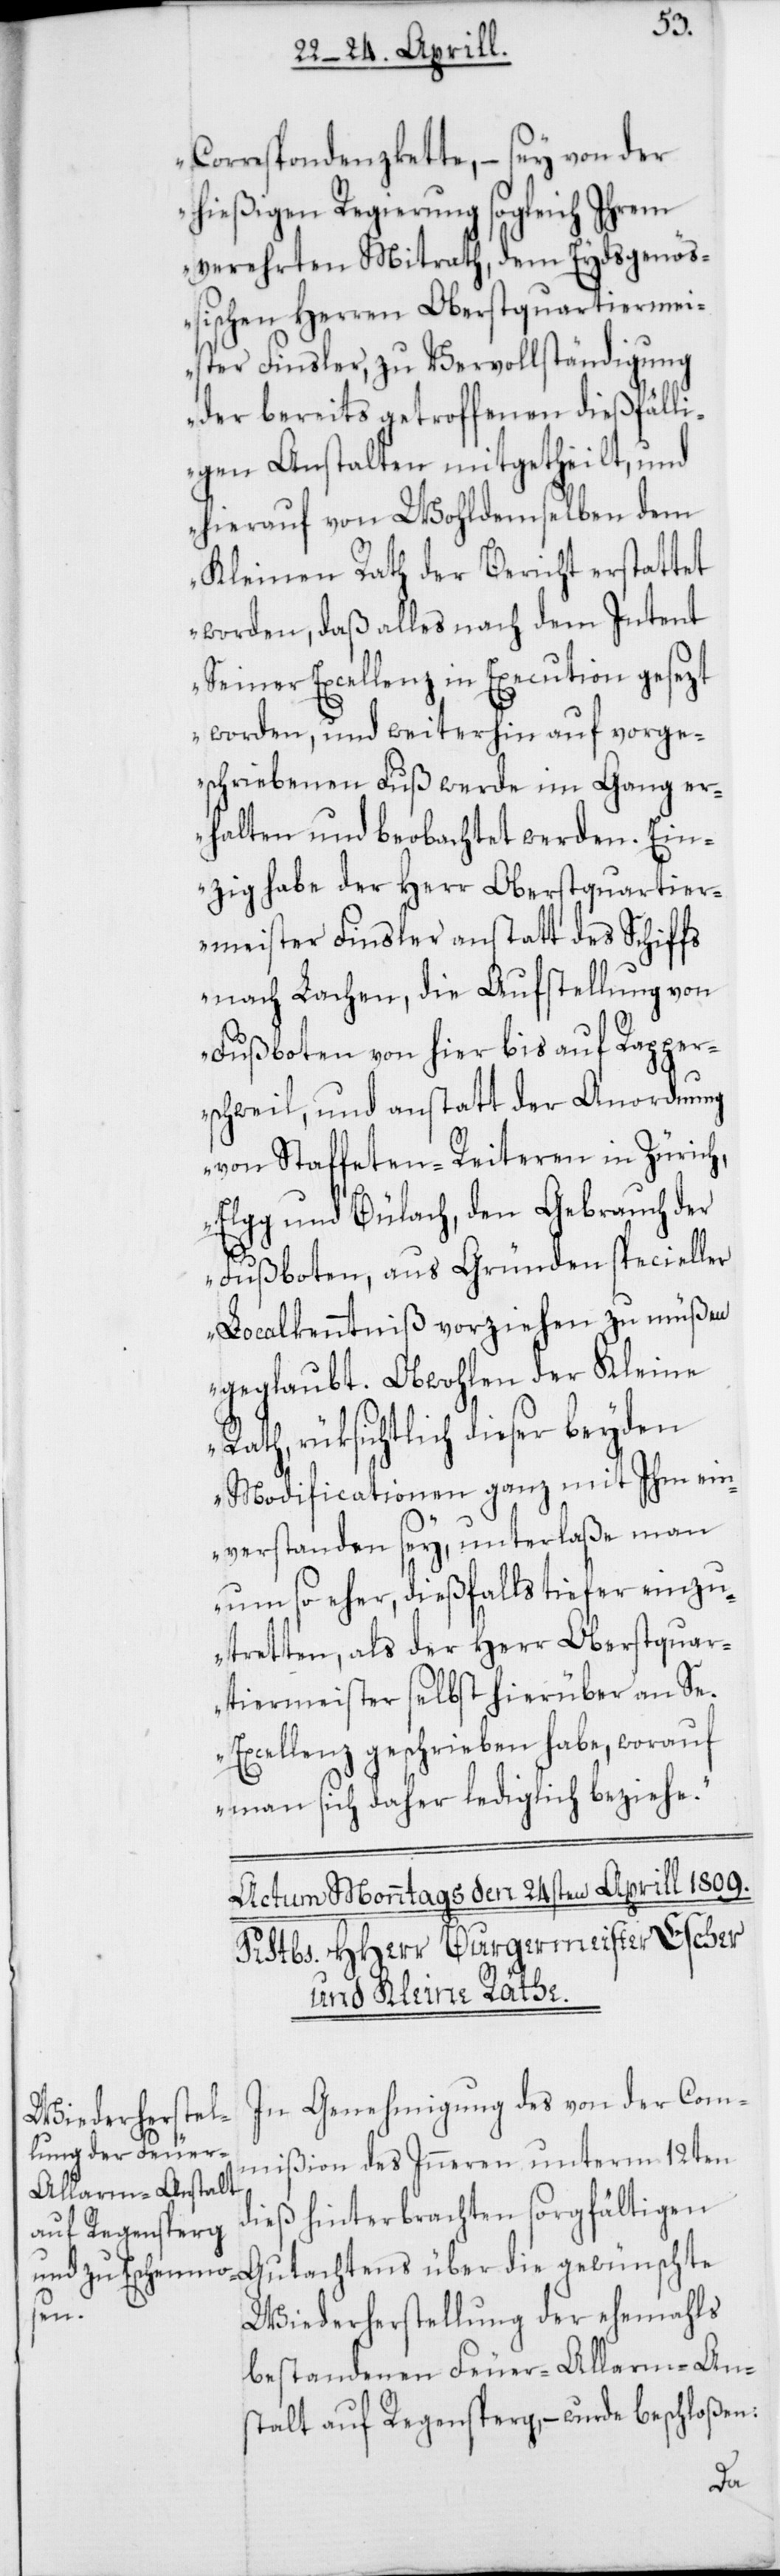
Correspondenzkette, – sey von der
hießigen Regierung sogleich Ihrem
verehrten Mitrath, dem Eydsgenöß¬
ischen Herren Oberstquartiermei¬
ster Finsler, zu Vervollständigung
der bereits getroffenen dießfälli¬
gen Anstalten mitgetheilt, und
hierauf von Wohldemselben dem
Kleinen Rath der Bericht erstattet
worden, daß alles nach dem Intent
Seiner Excellenz in Execution gesezt
worden, und weiterhin auf vorge¬
schriebenen Fuß werde im Gang er¬
halten und beobachtet werden. Ein¬
zig habe der Herr Oberstquartier¬
meister Finsler anstatt des Schiffs
nach Lachen, die Aufstellung von
Fußboten von hier bis auf Rapper¬
schweil, und anstatt der Anordnung
von Staffeten-Reiteren in Zürich,
Elgg und Bülach, den Gebrauch der
Fußboten, aus Gründen specieller
Localkenntniß vorziehen zu müßen
geglaubt. Obwohlen der Kleine
Rath, rüksichtlich dieser beyden
Modificationen ganz mit Ihm ein¬
verstanden sey, unterlaße man
um so eher, dießfalls tiefer einzu¬
tretten, als der Herr Oberstquar¬
tiermeister selbst hierüber an Se.
Excellenz geschrieben habe, worauf
man sich daher lediglich beziehe.“
In Genehmigung des von der Com¬
mißion des Inneren unterm 12ten
dieß hinterbrachten sorgfältigen
Gutachtens über die gewünschte
Wiederherstellung der ehemahls
bestandenen Feuer-Alarm-Ans¬
talt auf Regensperg, – wurde beschloßen: